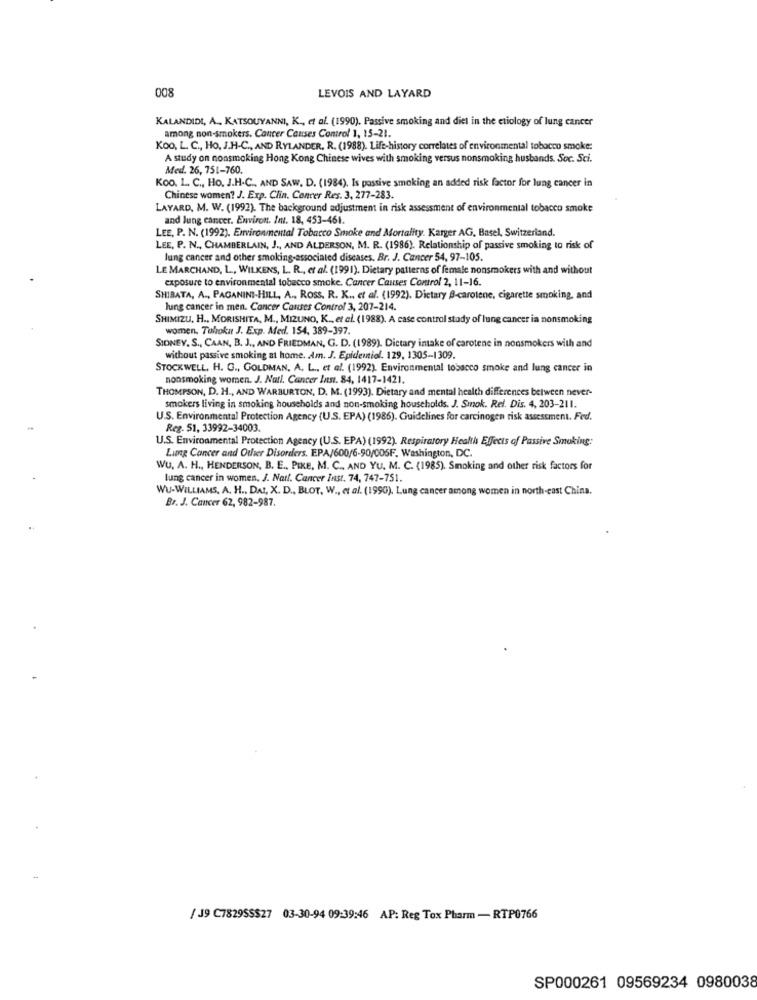
008
LEVOIS AND LAYARD
KALANDIDI, A ., KATSOUYANNI, K ., et al. (1990). Passive smoking and diet in the etiology of lung cancer
among non-smokers. Cancer Causes Control 1, 15-21.
Koo, L. C ., Ho, J.H-C ., AND RYLANDER. R. (1988). Life-history correlates of environmental tobacco smoke:
A study on nonsmoking Hong Kong Chinese wives with smoking versus nonsmoking husbands. Soc. Sci.
Med. 26, 751-760.
Koo. 1. C ., Ho. J.H.C ., AND SAW, D. (1984). Is passive smoking an added risk factor for lung cancer in
Chinese women? J. Exp. Clin. Concer Res. 3, 277-283.
LAYARD, M. W. (1992). The background adjustment in risk assessment of environmental tobacco smoke
and lung cancer. Environ. Int. 18, 453-461.
LEE, P. N. (1992). Environmental Tobacco Smoke and Mortality. Karger AG, Basel, Switzerland.
LEE, P. N ., CHAMBERLAIN, J ., AND ALDERSON, M. R. (1986). Relationship of passive smoking to risk of
lung cancer and other smoking-associated diseases. Br. J. Cancer 54, 97-105.
LE MARCHAND, L ., WILKENS, L. R ., et al. (1991). Dietary patterns of female nonsmokers with and without
exposure to environmental tobacco smoke. Cancer Causes Control 2, 11-16.
SHIBATA, A ., PAGANINI-HILL, A ., ROSs. R. K ., et al. (1992). Dietary B-carotene, cigarette smoking, and
lung cancer in men. Cancer Causes Control 3, 207-214.
SHIMIZU, H ., MORISHITA, M ., MIZUNO, K ., et al. (1988). A case control study of lung cancer ia nonsmoking
women. Tohoku J. Exp. Med. 154, 389-397.
SIDNEY. S ., CAAN, B. J ., AND FRIEDMAN, G. D. (1989). Dietary intake of carotene in nonsmokers with and
without passive smoking at home. Am. J. Epidemiol. 129, 1305-1309.
STOCKWELL, H. G ., GOLDMAN, A. L ., et al. (1992). Environmental tobacco smoke and lung cancer in
nonsmoking women. J. Natl. Cancer last. 84, 1417-1421.
THOMPSON, D. H ., AND WARBURTON, D. M. (1993). Dietary and mental health differences between never-
smokers living in smoking households and non-smoking households. J. Smok. Rel. Dis. 4, 203-211.
U.S. Environmental Protection Agency (U.S. EPA) (1986). Guidelines for carcinogen risk assessment. Fed.
Reg. 51, 33992-34003.
U.S. Environmental Protection Agency (U.S. EPA) (1992). Respiratory Health Effects of Passive Smoking:
Lung Cancer and Other Disorders. EPA/600/6-90/006F, Washington, DC.
WU. A. H ., HENDERSON, B. E ., PIKE, M. C ., AND YU. M. C. (1985). Smoking and other risk factors for
lung cancer in women, J. Natt. Cancer Inst. 74, 747-751.
WU-WILLIAMS, A. H ., DAI, X. D ., BLOT, W ., et al. (1990). Lung cancer among women in north-east China.
Br. J. Cancer 62, 982-987.
/ J9 C782955$27 03-30-94 09:39:46 AP: Reg Tox Pharm - RTP0766
SP000261 09569234 0980038